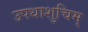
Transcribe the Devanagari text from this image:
उपधाशुचिम्